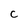
Character: C